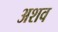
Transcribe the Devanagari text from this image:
अशव